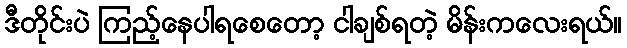
ဒီတိုင်းပဲ ကြည့်နေပါရစေတော့ ငါချစ်ရတဲ့ မိန်းကလေးရယ်။